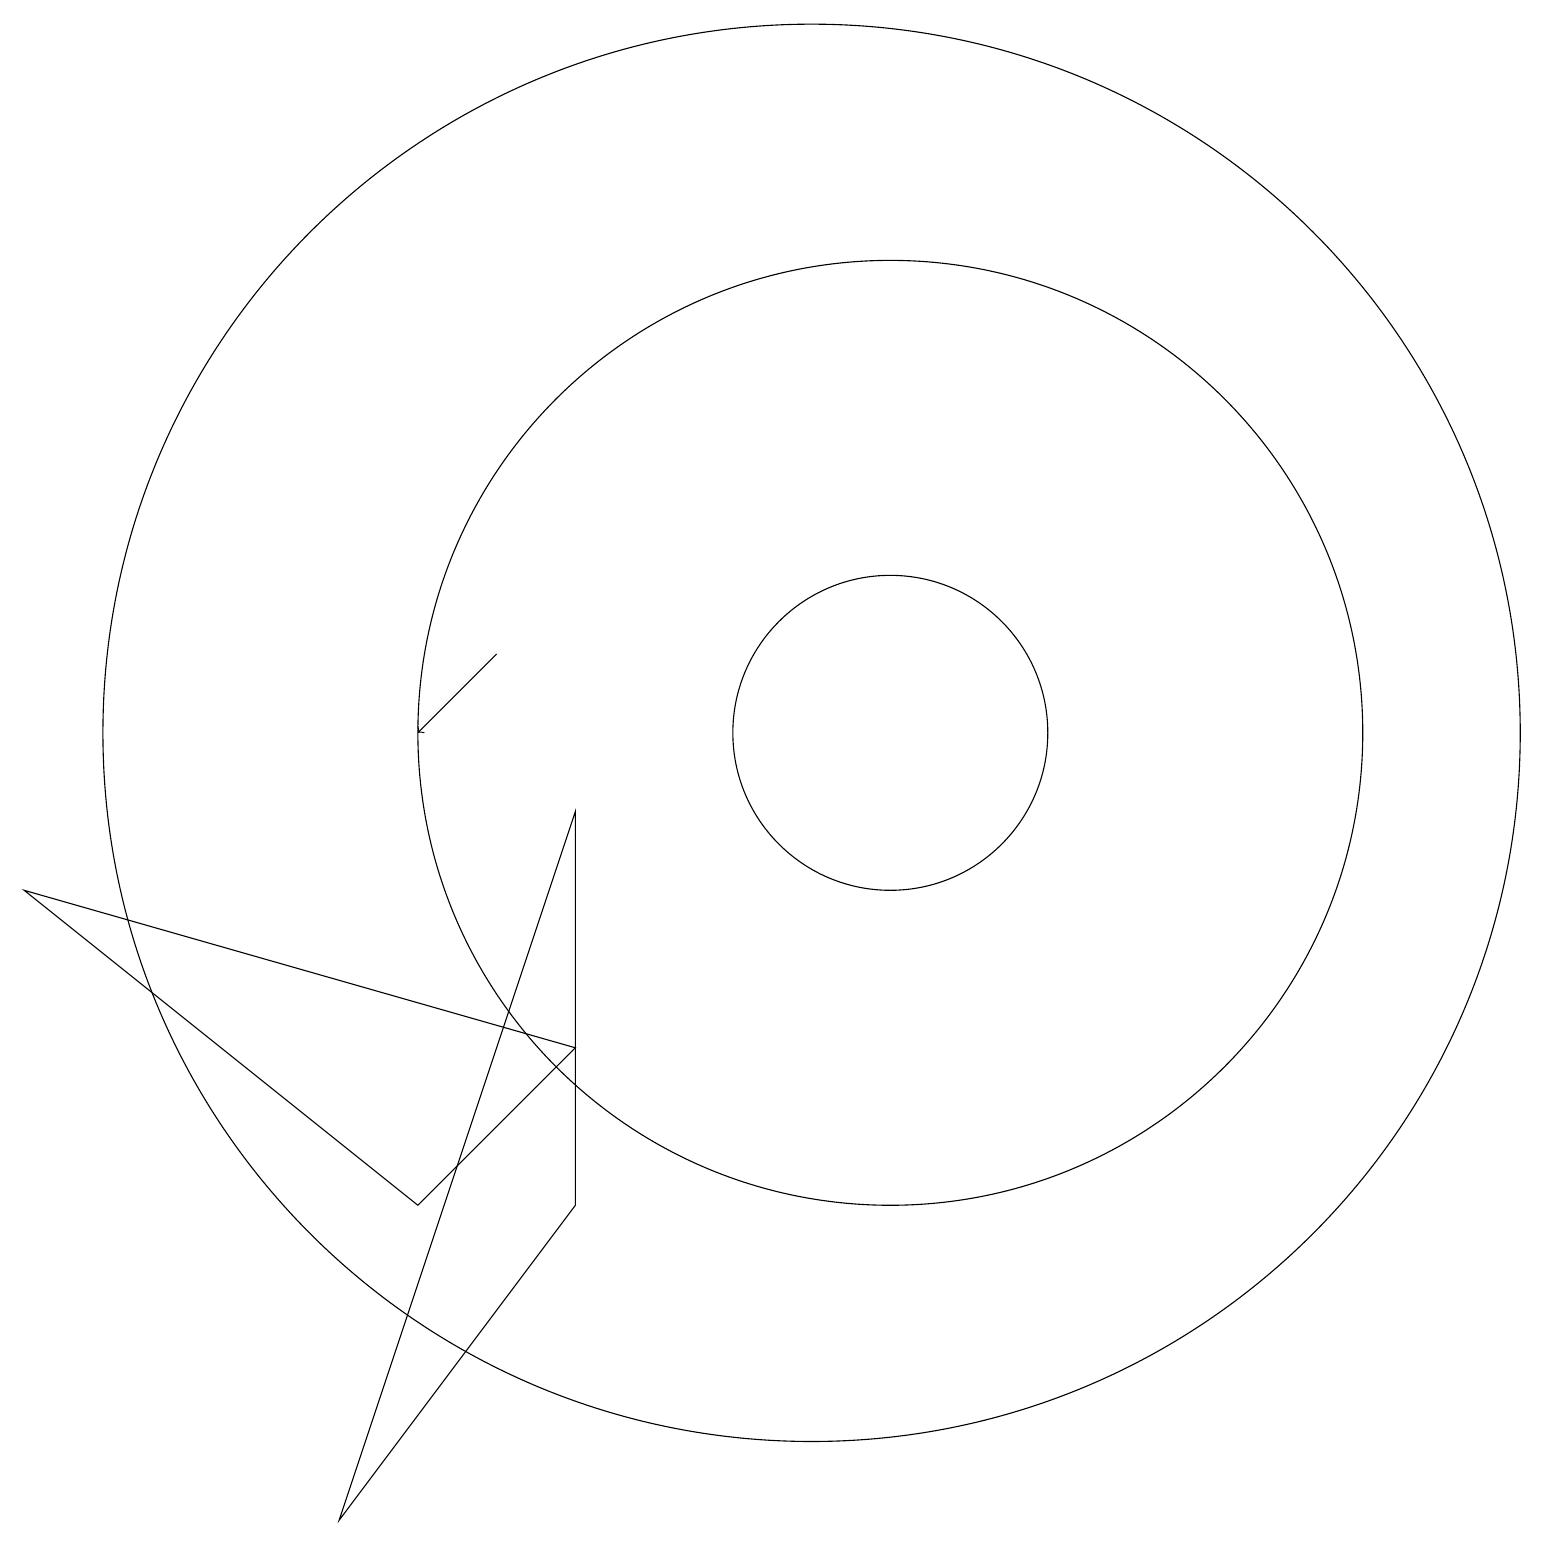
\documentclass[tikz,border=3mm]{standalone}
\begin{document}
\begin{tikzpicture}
\draw (12,11) circle (0);
\draw (10,10) circle (0);
\draw (11,10) circle (6);
\draw (10,10) circle (9);
\draw (11,10) circle (2);
\draw[->] (6,11) -- (5,10);
\draw (7,6) -- (5,4) -- (0,8) -- cycle;
\draw (4,0) -- (7,4) -- (7,9) -- cycle;
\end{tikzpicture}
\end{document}